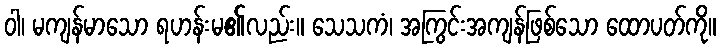
ဝါ၊ မကျန်မာသော ရဟန်းမ၏လည်း။ သေသကံ၊ အကြွင်းအကျန်ဖြစ်သော ထောပတ်ကို။